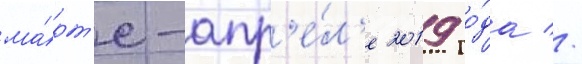
ма́рт'е-апр'е́л'е 2019 го́да //